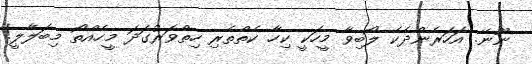
ނޫނޭ. އަހަރެންދެކެ ލޯބިވާ މީހަކީ ކިހާ ކެތްތެރި ހިތްވަރުގަދަ މީހެއްތޯ މިބަލާލީ!